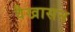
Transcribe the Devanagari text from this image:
वैखासन